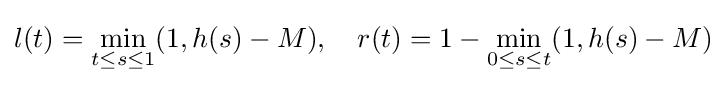
l(t)=\min _{t\leq s\leq 1}(1,h(s)-M),\,\,\,\,\,\,r(t)=1-\min _{0\leq s\leq t}(1,h(s)-M)